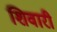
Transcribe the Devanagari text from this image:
शिवारी